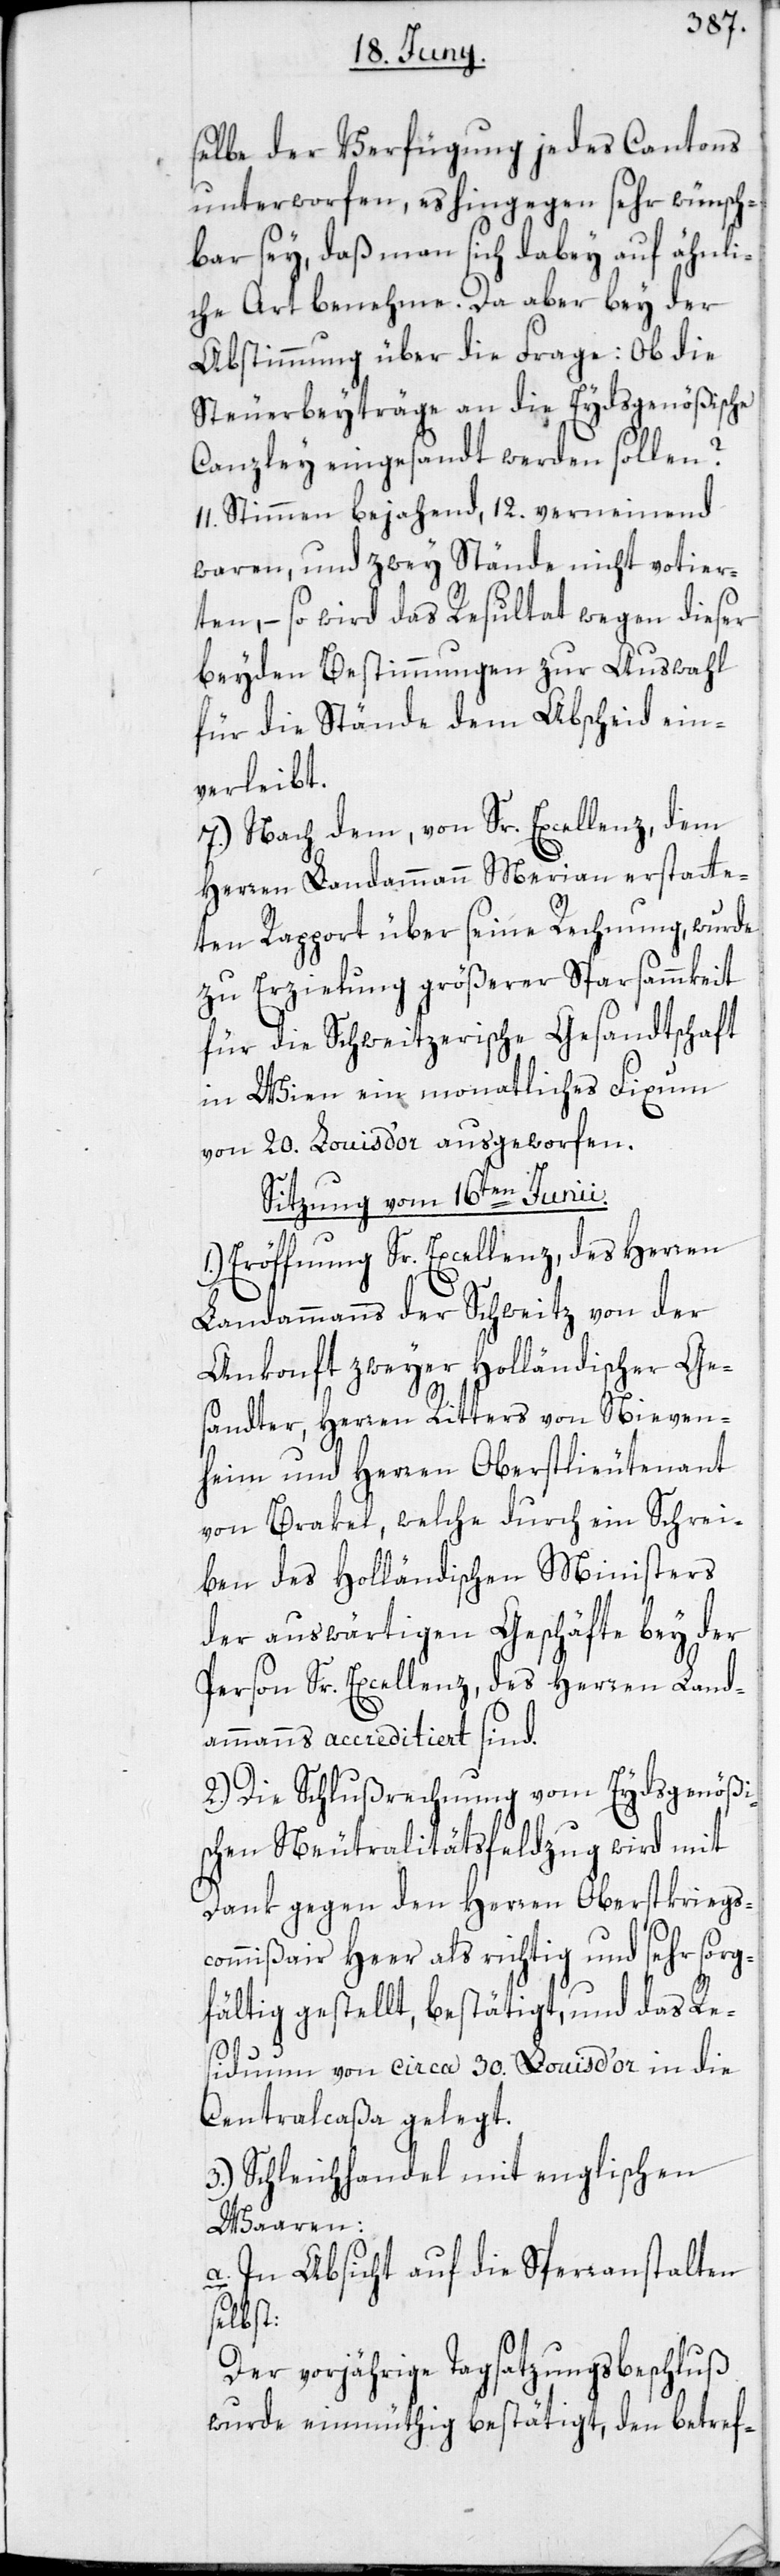
selbe der Verfügung jedes Cantons
unterworfen, es hingegen sehr wünsch¬
bar sey, daß man sich dabey auf ähnli¬
che Art benehme. Da aber bey der
Abstimmung über die Frage: Ob die
Steuerbeyträge an die Eydsgenößische
Canzley eingesandt werden sollen?
11. Stimmen bejahend, 12. verneinend
waren, und zwey Stände nicht votier¬
ten, – so wird das Resultat wegen dieser
beyden Bestimmungen zur Auswahl
für die Stände dem Abscheid ein¬
verleibt.
7.) Nach dem, von Sr. Excellenz, dem
Herren Landammann Merian erstatte¬
ten Rapport über seine Rechnung, wurde
zu Erzielung größerer Sparsammkeit
für die Schweitzerische Gesandtschaft
in Wien ein monatliches Fixum
von 20. Louis d’or ausgeworfen.
Sitzung vom 16ten Junii.
1.) Eröffnung Sr. Excellenz, des Herren
Landammanns der Schweitz von der
Ankonft zweyer Holländischer Ge¬
sandter, Herren Ritters von Nieven¬
heim und Herren Oberstlieutenant
von Brakel, welche durch ein Schrei¬
ben des Holländischen Ministers
der auswärtigen Geschäfte bey der
Person Sr. Excellenz, des Herren Land¬
ammanns accreditiert sind.
2.) Die Schlußrechnung vom Eydsgenößi¬
schen Neutralitätsfeldzug wird mit
Dank gegen den Herren Oberstkriegs¬
commißair Heer als richtig und sehr sorg¬
fältig gestellt, bestätigt, und das Re¬
siduum von circa 30. Louis d’or in die
Centralcaßa gelegt.
3.) Schleichhandel mit englischen
Waaren:
a. In Absicht auf die Sperranstalten
selbst:
Der vorjährige Tagsatzungsbeschluß
wurde einmüthig bestätigt, den betref-